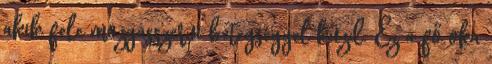
akik fele mozgásszervi betegséggel küzd. Ez a fő oka